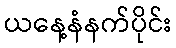
ယနေ့နံနက်ပိုင်း